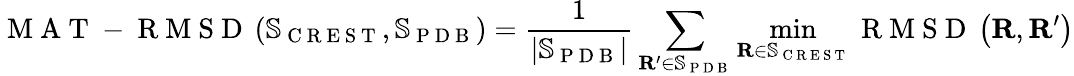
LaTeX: \mathrm{~M~A~T~-~R~M~S~D~}\left(\mathbb{S}_{\mathrm{~C~R~E~S~T~}},\mathbb{S}_{\mathrm{~P~D~B~}}\right)=\frac{1}{\lvert\mathbb{S}_{\mathrm{~P~D~B~}}\rvert}\sum_{\mathbf{R}^{\prime}\in\mathbb{S}_{\mathrm{~P~D~B~}}}\operatorname*{min}_{\mathbf{R}\in\mathbb{S}_{\mathrm{~C~R~E~S~T~}}}\mathrm{~R~M~S~D~}\left(\mathbf{R},\mathbf{R}^{\prime}\right)